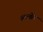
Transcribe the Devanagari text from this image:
आल्झेट